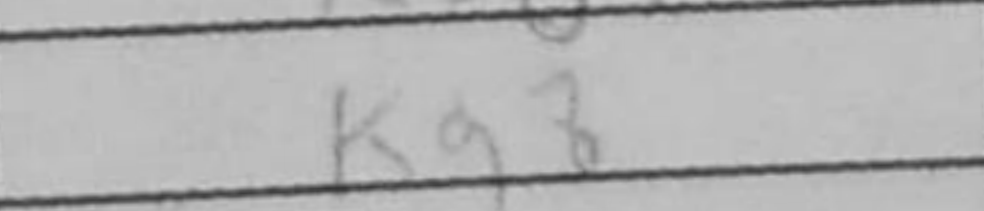
Transcription: Kg8